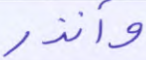
وأنذر